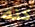
كنه